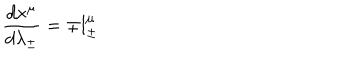
{ \frac { d { x ^ { \mu } } } { d \lambda _ { \pm } } } = \mp l _ { \pm } ^ { \mu }